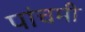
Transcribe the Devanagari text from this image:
पांचमी